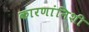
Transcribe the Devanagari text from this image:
कारणांनिशी